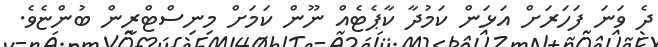
ދެ ވަނަ ފަހަރަށް އަޅަން ކަމުދާ ކާޕެޓެއް ނޫން ކަމަށް މިނިސްޓްރީން ބުންޏެވެ.